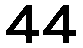
44